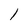
Character: l